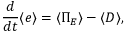
\frac { d } { d t } \langle e \rangle = \langle \Pi _ { E } \rangle - \langle D \rangle ,